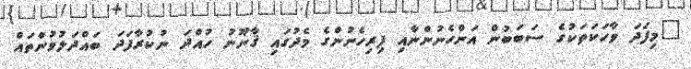
"މިފަދަ ވާހަކަތަކުގެ ސަބަބުން އަންހެނުންނާއި ފިރިހެނުންގެ މެދުގައި ޤާނޫނު ހުއްދަ ނުކުރާފަދަ ބައްދަލުވުންތައް